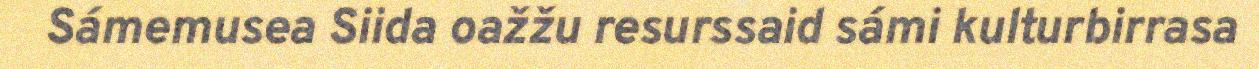
Sámemusea Siida oažžu resurssaid sámi kulturbirrasa